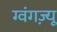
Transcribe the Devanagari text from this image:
ग्वंगज़्यू